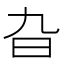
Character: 旮